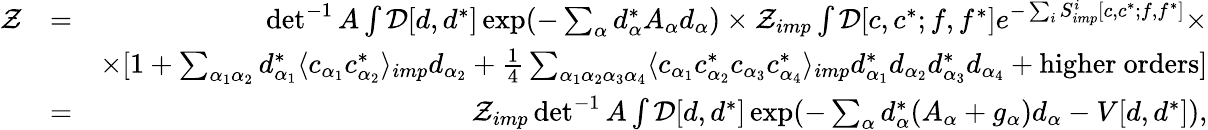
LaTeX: \begin{array}{rlr}{{\cal Z}}&{=}&{\operatorname*{det}^{-1}A\int{\cal D}[d,d^{*}]\exp(-\sum_{\alpha}d_{\alpha}^{*}A_{\alpha}d_{\alpha})\times{\cal Z}_{imp}\int{\cal D}[c,c^{*};f,f^{*}]e^{-\sum_{i}S_{imp}^{i}[c,c^{*};f,f^{*}]}\times}\\ &{}&{\times[1+\sum_{\alpha_{1}\alpha_{2}}d_{\alpha_{1}}^{*}\langle c_{\alpha_{1}}c_{\alpha_{2}}^{*}\rangle_{imp}d_{\alpha_{2}}+\frac{1}{4}\sum_{\alpha_{1}\alpha_{2}\alpha_{3}\alpha_{4}}\langle c_{\alpha_{1}}c_{\alpha_{2}}^{*}c_{\alpha_{3}}c_{\alpha_{4}}^{*}\rangle_{imp}d_{\alpha_{1}}^{*}d_{\alpha_{2}}d_{\alpha_{3}}^{*}d_{\alpha_{4}}+\mathrm{higher~orders}]}\\ &{=}&{{\cal Z}_{imp}\operatorname*{det}^{-1}A\int{\cal D}[d,d^{*}]\exp(-\sum_{\alpha}d_{\alpha}^{*}(A_{\alpha}+g_{\alpha})d_{\alpha}-V[d,d^{*}]),}\end{array}